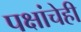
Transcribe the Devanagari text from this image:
पक्षांचेही